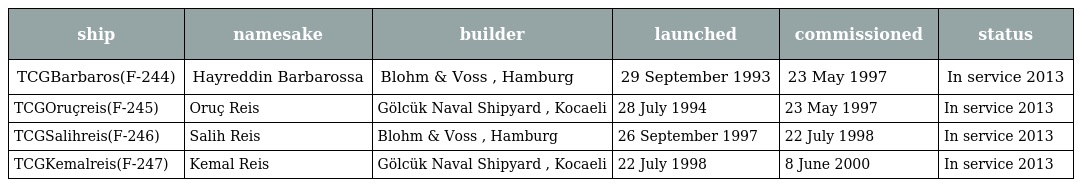
| ship | namesake | builder | launched | commissioned | status |
 | --- | --- | --- | --- | --- | --- |
 | TCGBarbaros(F-244) | Hayreddin Barbarossa | Blohm & Voss , Hamburg | 29 September 1993 | 23 May 1997 | In service 2013 |
 | TCGOruçreis(F-245) | Oruç Reis | Gölcük Naval Shipyard , Kocaeli | 28 July 1994 | 23 May 1997 | In service 2013 |
 | TCGSalihreis(F-246) | Salih Reis | Blohm & Voss , Hamburg | 26 September 1997 | 22 July 1998 | In service 2013 |
 | TCGKemalreis(F-247) | Kemal Reis | Gölcük Naval Shipyard , Kocaeli | 22 July 1998 | 8 June 2000 | In service 2013 |